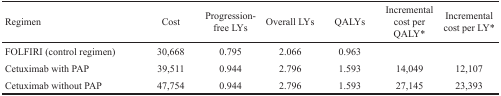
| Regimen | Cost | Progression-free LYs | Overall LYs | QALYs | Incremental cost per QALY* | Incremental cost per LY* |
 | --- | --- | --- | --- | --- | --- | --- |
 | FOLFIRI (control regimen) | 30,668 | 0.795 | 2.066 | 0.963 |  |  |
 | Cetuximab with PAP | 39,511 | 0.944 | 2.796 | 1.593 | 14,049 | 12,107 |
 | Cetuximab without PAP | 47,754 | 0.944 | 2.796 | 1.593 | 27,145 | 23,393 |